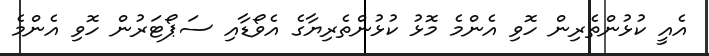
އެއީ ކުޅުންތެރިން ހޮވި އެންމެ މޮޅު ކުޅުންތެރިޔާގެ އެވޯޑާއި ސަޕޯޓަރުން ހޮވި އެންމެ